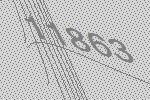
11863